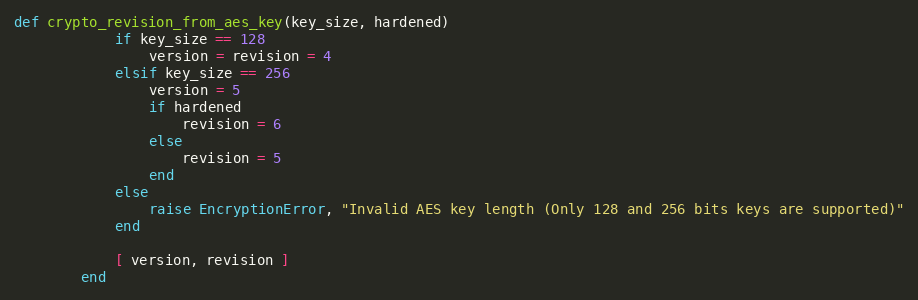
Language: Ruby
def crypto_revision_from_aes_key(key_size, hardened)
            if key_size == 128
                version = revision = 4
            elsif key_size == 256
                version = 5
                if hardened
                    revision = 6
                else
                    revision = 5
                end
            else
                raise EncryptionError, "Invalid AES key length (Only 128 and 256 bits keys are supported)"
            end

            [ version, revision ]
        end